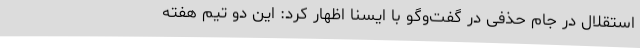
استقلال در جام حذفی در گفت‌وگو با ایسنا اظهار کرد:‌ این دو تیم هفته